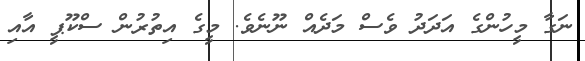
ނަގާ މީހުންގެ އަދަދު ވެސް މަދެއް ނޫނެވެ. މީގެ އިތުރުން ސްކޫޕީ އާއި